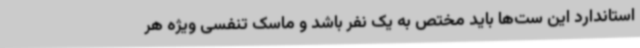
استاندارد این ست‌ها باید مختص به یک نفر باشد و ماسک تنفسی ویژه هر